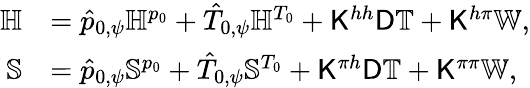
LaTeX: \begin{array}{rl}{\mathbb{H}}&{=\hat{p}_{0,\psi}\mathbb{H}^{p_{0}}+\hat{T}_{0,\psi}\mathbb{H}^{T_{0}}+\mathsf{K}^{hh}\mathsf{D}\mathbb{T}+\mathsf{K}^{h\pi}\mathbb{W},}\\ {\mathbb{S}}&{=\hat{p}_{0,\psi}\mathbb{S}^{p_{0}}+\hat{T}_{0,\psi}\mathbb{S}^{T_{0}}+\mathsf{K}^{\pi h}\mathsf{D}\mathbb{T}+\mathsf{K}^{\pi\pi}\mathbb{W},}\end{array}